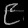
Digit: ၉